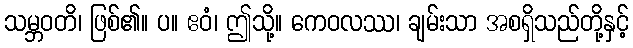
သမ္ဘဝတိ၊ ဖြစ်၏။ ပ။ ဧဝံ၊ ဤသို့။ ကေဝလဿ၊ ချမ်းသာ အစရှိသည်တို့နှင့်